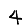
Digit: 4